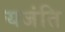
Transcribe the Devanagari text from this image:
यजंति